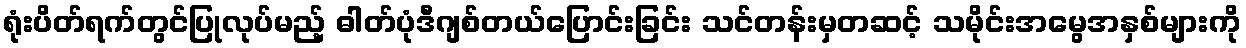
ရုံးပိတ်ရက်တွင်ပြုလုပ်မည့် ဓါတ်ပုံဒီဂျစ်တယ်ပြောင်းခြင်း သင်တန်းမှတဆင့် သမိုင်းအမွေအနှစ်များကို